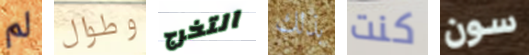
لم وطوال التخرج بذلك كنت سون